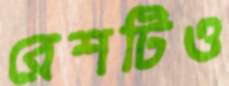
রেশটিও